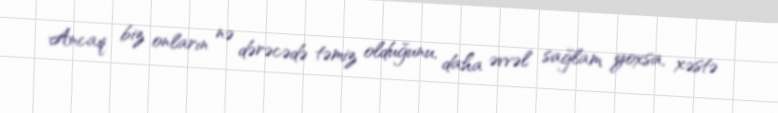
Ancaq biz onların nə dərəcədə təmiz olduğunu, daha əvvəl sağlam yoxsa, xəstə